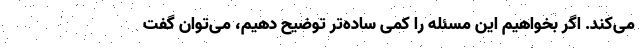
می‌کند. اگر بخواهیم این مسئله را کمی ساده‌تر توضیح دهیم، می‌توان گفت